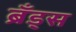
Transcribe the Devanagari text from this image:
ब्रँड्स